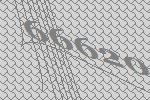
66620